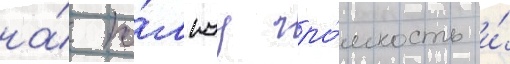
на́ по́лнуу гро́мкость и́